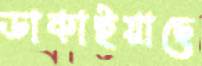
ডাকাইয়াছে